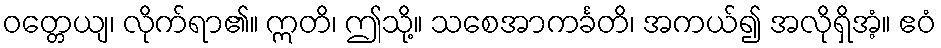
ဝတ္တေယျ၊ လိုက်ရာ၏။ ဣတိ၊ ဤသို့။ သစေအာကင်္ခတိ၊ အကယ်၍ အလိုရှိအံ့။ ဧဝံ